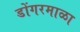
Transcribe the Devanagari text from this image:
डोंगरमाळा